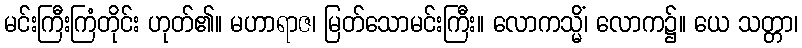
မင်းကြီးကြံတိုင်း ဟုတ်၏။ မဟာရာဇ၊ မြတ်သောမင်းကြီး။ လောကသ္မိံ၊ လောက၌။ ယေ သတ္တာ၊